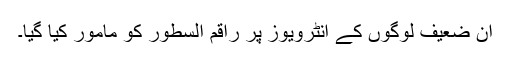
ان ضعیف لوگوں کے انٹرویوز پر راقم السطور کو مامور کیا گیا۔